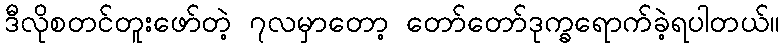
ဒီလိုစတင်တူးဖော်တဲ့ ၇လမှာတော့ တော်တော်ဒုက္ခရောက်ခဲ့ရပါတယ်။